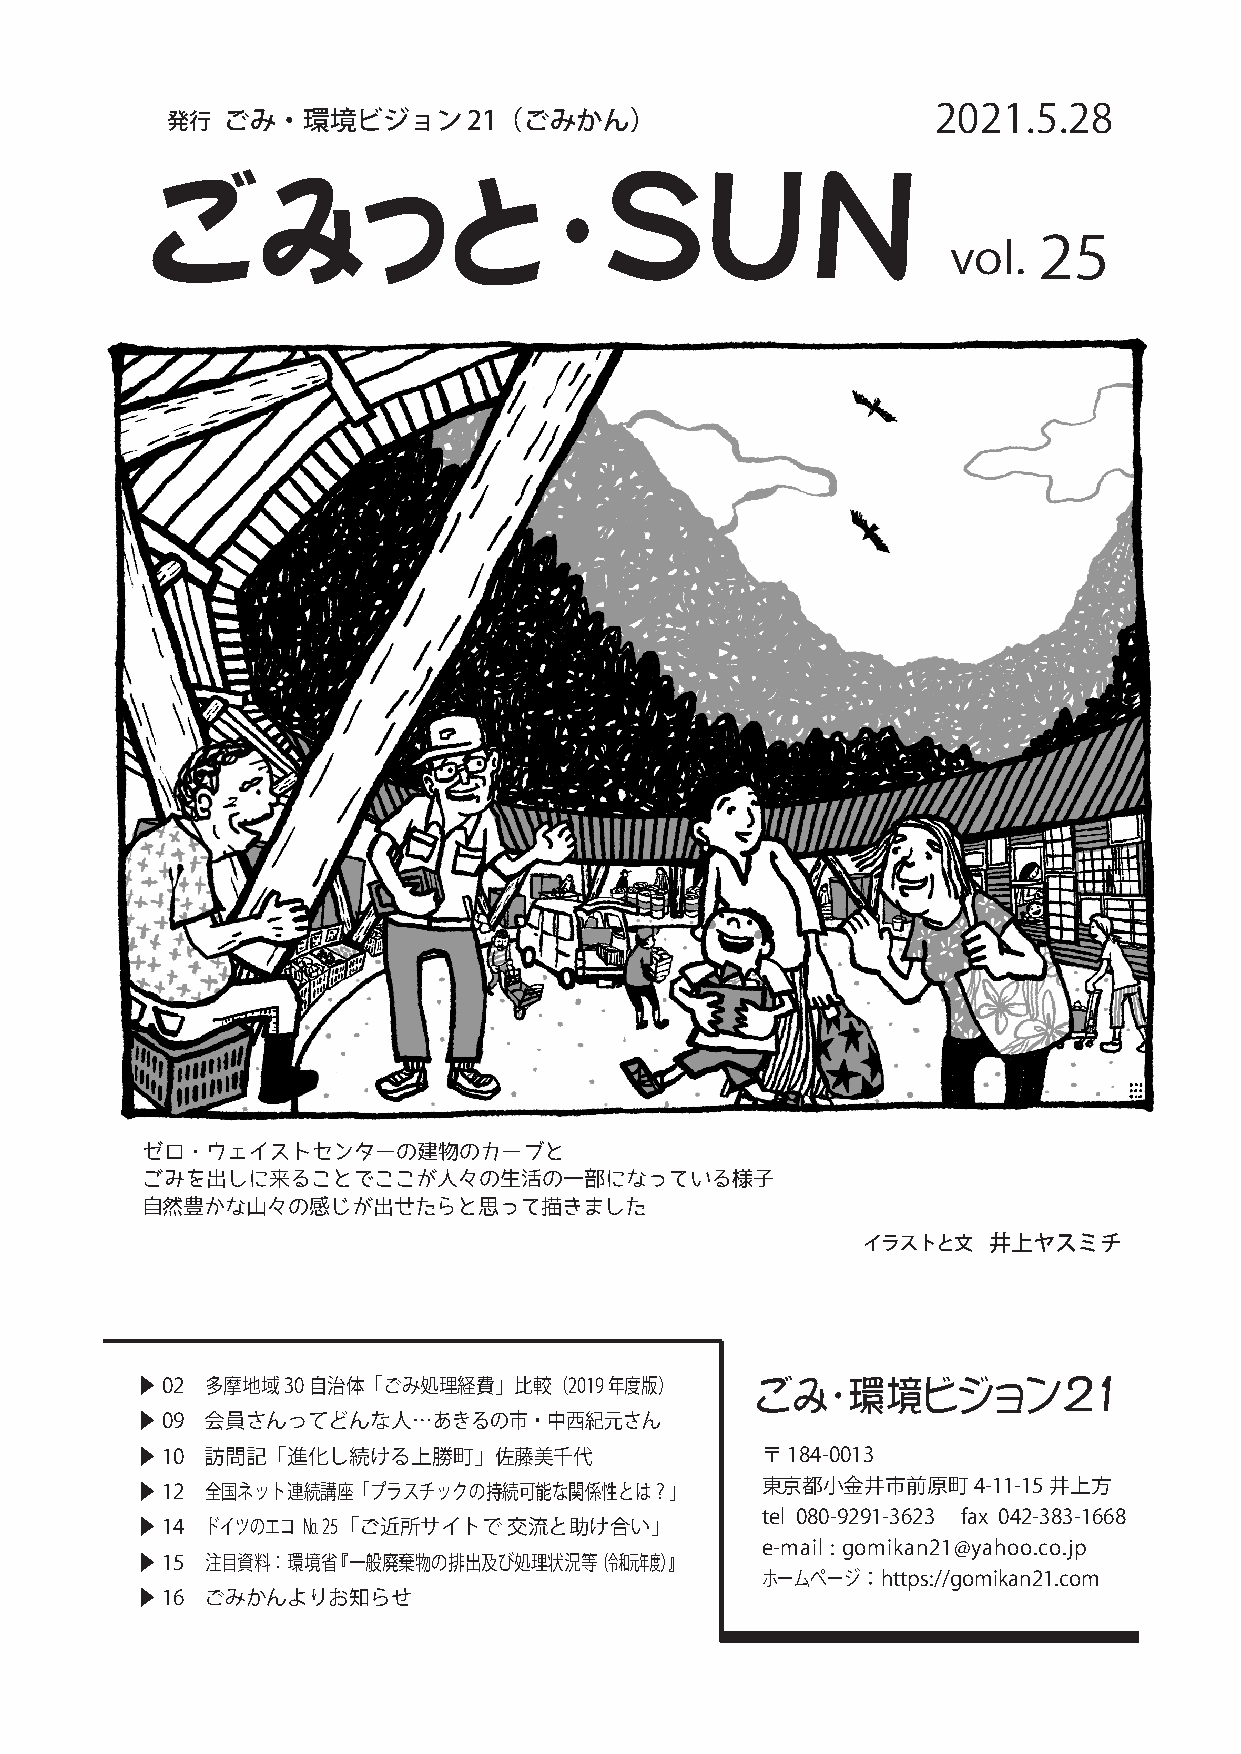
2021.5.28
 発行  ごみ・環境ビジョン21（ごみかん）
 S      U      N
 ごみっ                 と
 ・
 vol.  25
 ゼロ・ウェイストセンターの建物のカーブと
 ごみを出しに来ることでここが人々の生活の一部になっている様子
 自然豊かな山々の感じが出せたらと思って描きました
 イラストと文  井上ヤスミチ
 ▶02  多摩地域30自治体「ごみ処理経費」比較（2019年度版）        ごみ・環境ビジョン21
 ▶09  会員さんってどんな人…あきるの市・中西紀元さん
 ▶10  訪問記「進化し続ける上勝町」佐藤美千代                 〒184-0013
 東京都小金井市前原町4-11-15井上方
 ▶12  全国ネット連続講座「プラスチックの持続可能な関係性とは？」
 tel 080-9291-3623 fax 042-383-1668
 ▶14  ドイツのエコ №25「ご近所サイトで  交流と助け合い」
 e-mail : gomikan21@yahoo.co.jp
 ▶15  注目資料：環境省『 一般廃棄物の排出及び処理状況等（令和元年度）』
 ホームページ： https://gomikan21.com
 ▶16  ごみかんよりお知らせ
 ごみっと・ＳＵＮ  vol.21 1